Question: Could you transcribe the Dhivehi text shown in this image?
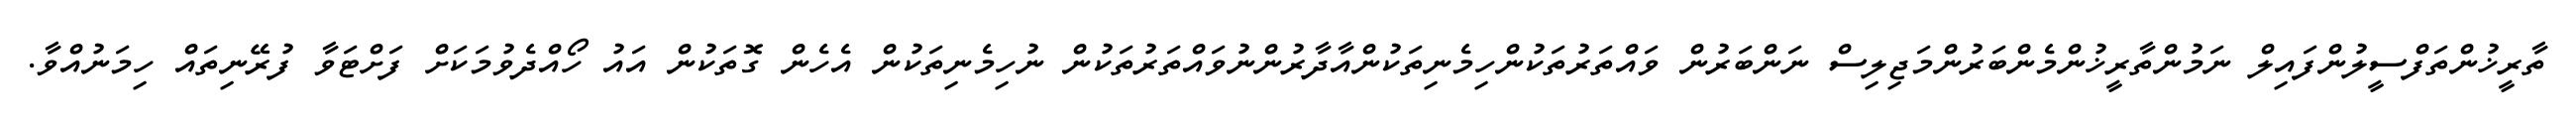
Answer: ތާރީޚުންތަފްސީލުންފައިލް ނަމުންތާރީޚުންމެންބަރުންމަޖިލިސް ނަންބަރުން ވައްތަރުތަކުންހިމެނިތަކުންއާދާރުންނުވައްތަރުތަކުން ނުހިމެނިތަކުން އެހެން ގޮތަކުން އައު ހޯއްދެވުމަކަށް ފަށްޓަވާ ފުރޭނިތައް ހިމަނުއްވާ.